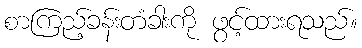
စာကြည့်ခန်းတံခါးကို ဖွင့်ထားရသည်။